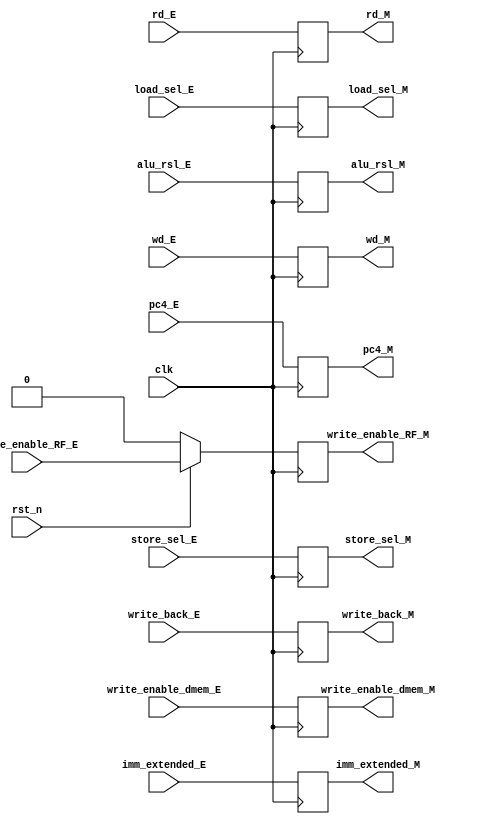
module M_register (
    input clk,rst_n,
    input write_enable_RF_E,
    input write_enable_dmem_E,
    input [1:0] write_back_E,
    input [31:0] alu_rsl_E,
    input [31:0] imm_extended_E,
    input [31:0] wd_E,
    input [4:0]  rd_E,
    input [31:0] pc4_E,
    input [2:0] store_sel_E,
    input [2:0] load_sel_E,

    output reg write_enable_RF_M,
    output reg write_enable_dmem_M,
    output reg [1:0] write_back_M,
    output reg [31:0] alu_rsl_M,
    output reg [31:0] imm_extended_M,
    output reg [31:0] wd_M,
    output reg [4:0] rd_M,
    output reg [31:0] pc4_M,
    output reg [2:0] store_sel_M,
    output reg [2:0] load_sel_M
);
    always @(posedge clk) begin
        if (!rst_n) begin
            write_enable_RF_M <= 0;
            write_enable_dmem_M <= 0;
            write_back_M <= 2'b0;
            alu_rsl_M <= 32'b0;
            imm_extended_M <= 32'b0;
            wd_M <= 32'b0;
            rd_M <= 5'b0;
            pc4_M <= 32'b0; 
            store_sel_M <= 3'b0;
            load_sel_M <= 3'b0;
        end
        else 
            write_enable_RF_M <= write_enable_RF_E;
            write_enable_dmem_M <= write_enable_dmem_E;
            write_back_M <= write_back_E;
            alu_rsl_M <= alu_rsl_E;
            imm_extended_M <= imm_extended_E;
            wd_M <= wd_E;
            rd_M <= rd_E;
            pc4_M <= pc4_E;
            store_sel_M <= store_sel_E;
            load_sel_M <= load_sel_E;
    end
endmodule